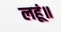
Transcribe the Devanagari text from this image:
लहूं॥